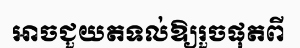
អាចជួយតទល់ឱ្យរួចផុតពី